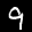
Label: 9